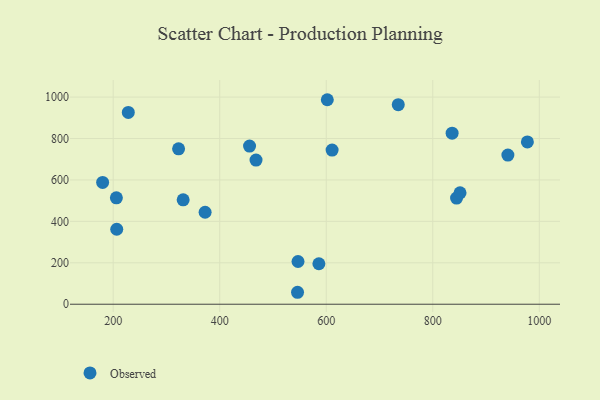
{"axis": {"x": "Price", "y": "Yield"}, "legend": ["Observed"], "data": [{"x": "180.2", "y": 588.0, "type": "Observed"}, {"x": "322.8", "y": 750.3, "type": "Observed"}, {"x": "611.0", "y": 744.2, "type": "Observed"}, {"x": "206.0", "y": 513.8, "type": "Observed"}, {"x": "331.4", "y": 504.1, "type": "Observed"}, {"x": "844.7", "y": 512.6, "type": "Observed"}, {"x": "372.6", "y": 444.1, "type": "Observed"}, {"x": "977.6", "y": 783.7, "type": "Observed"}, {"x": "206.7", "y": 362.0, "type": "Observed"}, {"x": "468.2", "y": 695.9, "type": "Observed"}, {"x": "735.2", "y": 963.4, "type": "Observed"}, {"x": "851.2", "y": 537.7, "type": "Observed"}, {"x": "547.0", "y": 206.2, "type": "Observed"}, {"x": "941.0", "y": 719.9, "type": "Observed"}, {"x": "228.4", "y": 925.9, "type": "Observed"}, {"x": "456.0", "y": 763.5, "type": "Observed"}, {"x": "546.1", "y": 57.7, "type": "Observed"}, {"x": "836.3", "y": 825.9, "type": "Observed"}, {"x": "586.2", "y": 195.4, "type": "Observed"}, {"x": "602.0", "y": 987.3, "type": "Observed"}]}